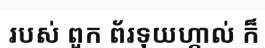
របស់ ពួក ព័រទុយហ្កាល់ ក៏